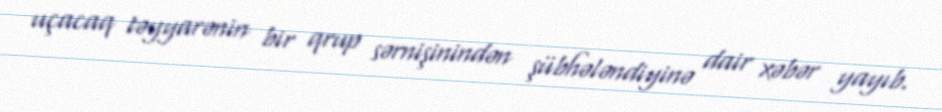
uçacaq təyyarənin bir qrup sərnişinindən şübhələndiyinə dair xəbər yayıb.